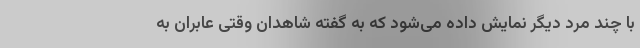
با چند مرد دیگر نمایش داده می‌شود که به گفته شاهدان وقتی عابران به